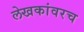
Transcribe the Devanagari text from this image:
लेखकांवरच